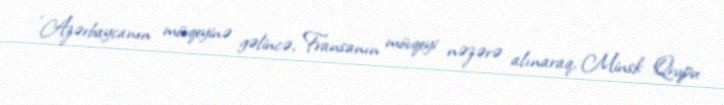
“Azərbaycanın mövqeyinə gəlincə, Fransanın mövqeyi nəzərə alınaraq, Minsk Qrupu